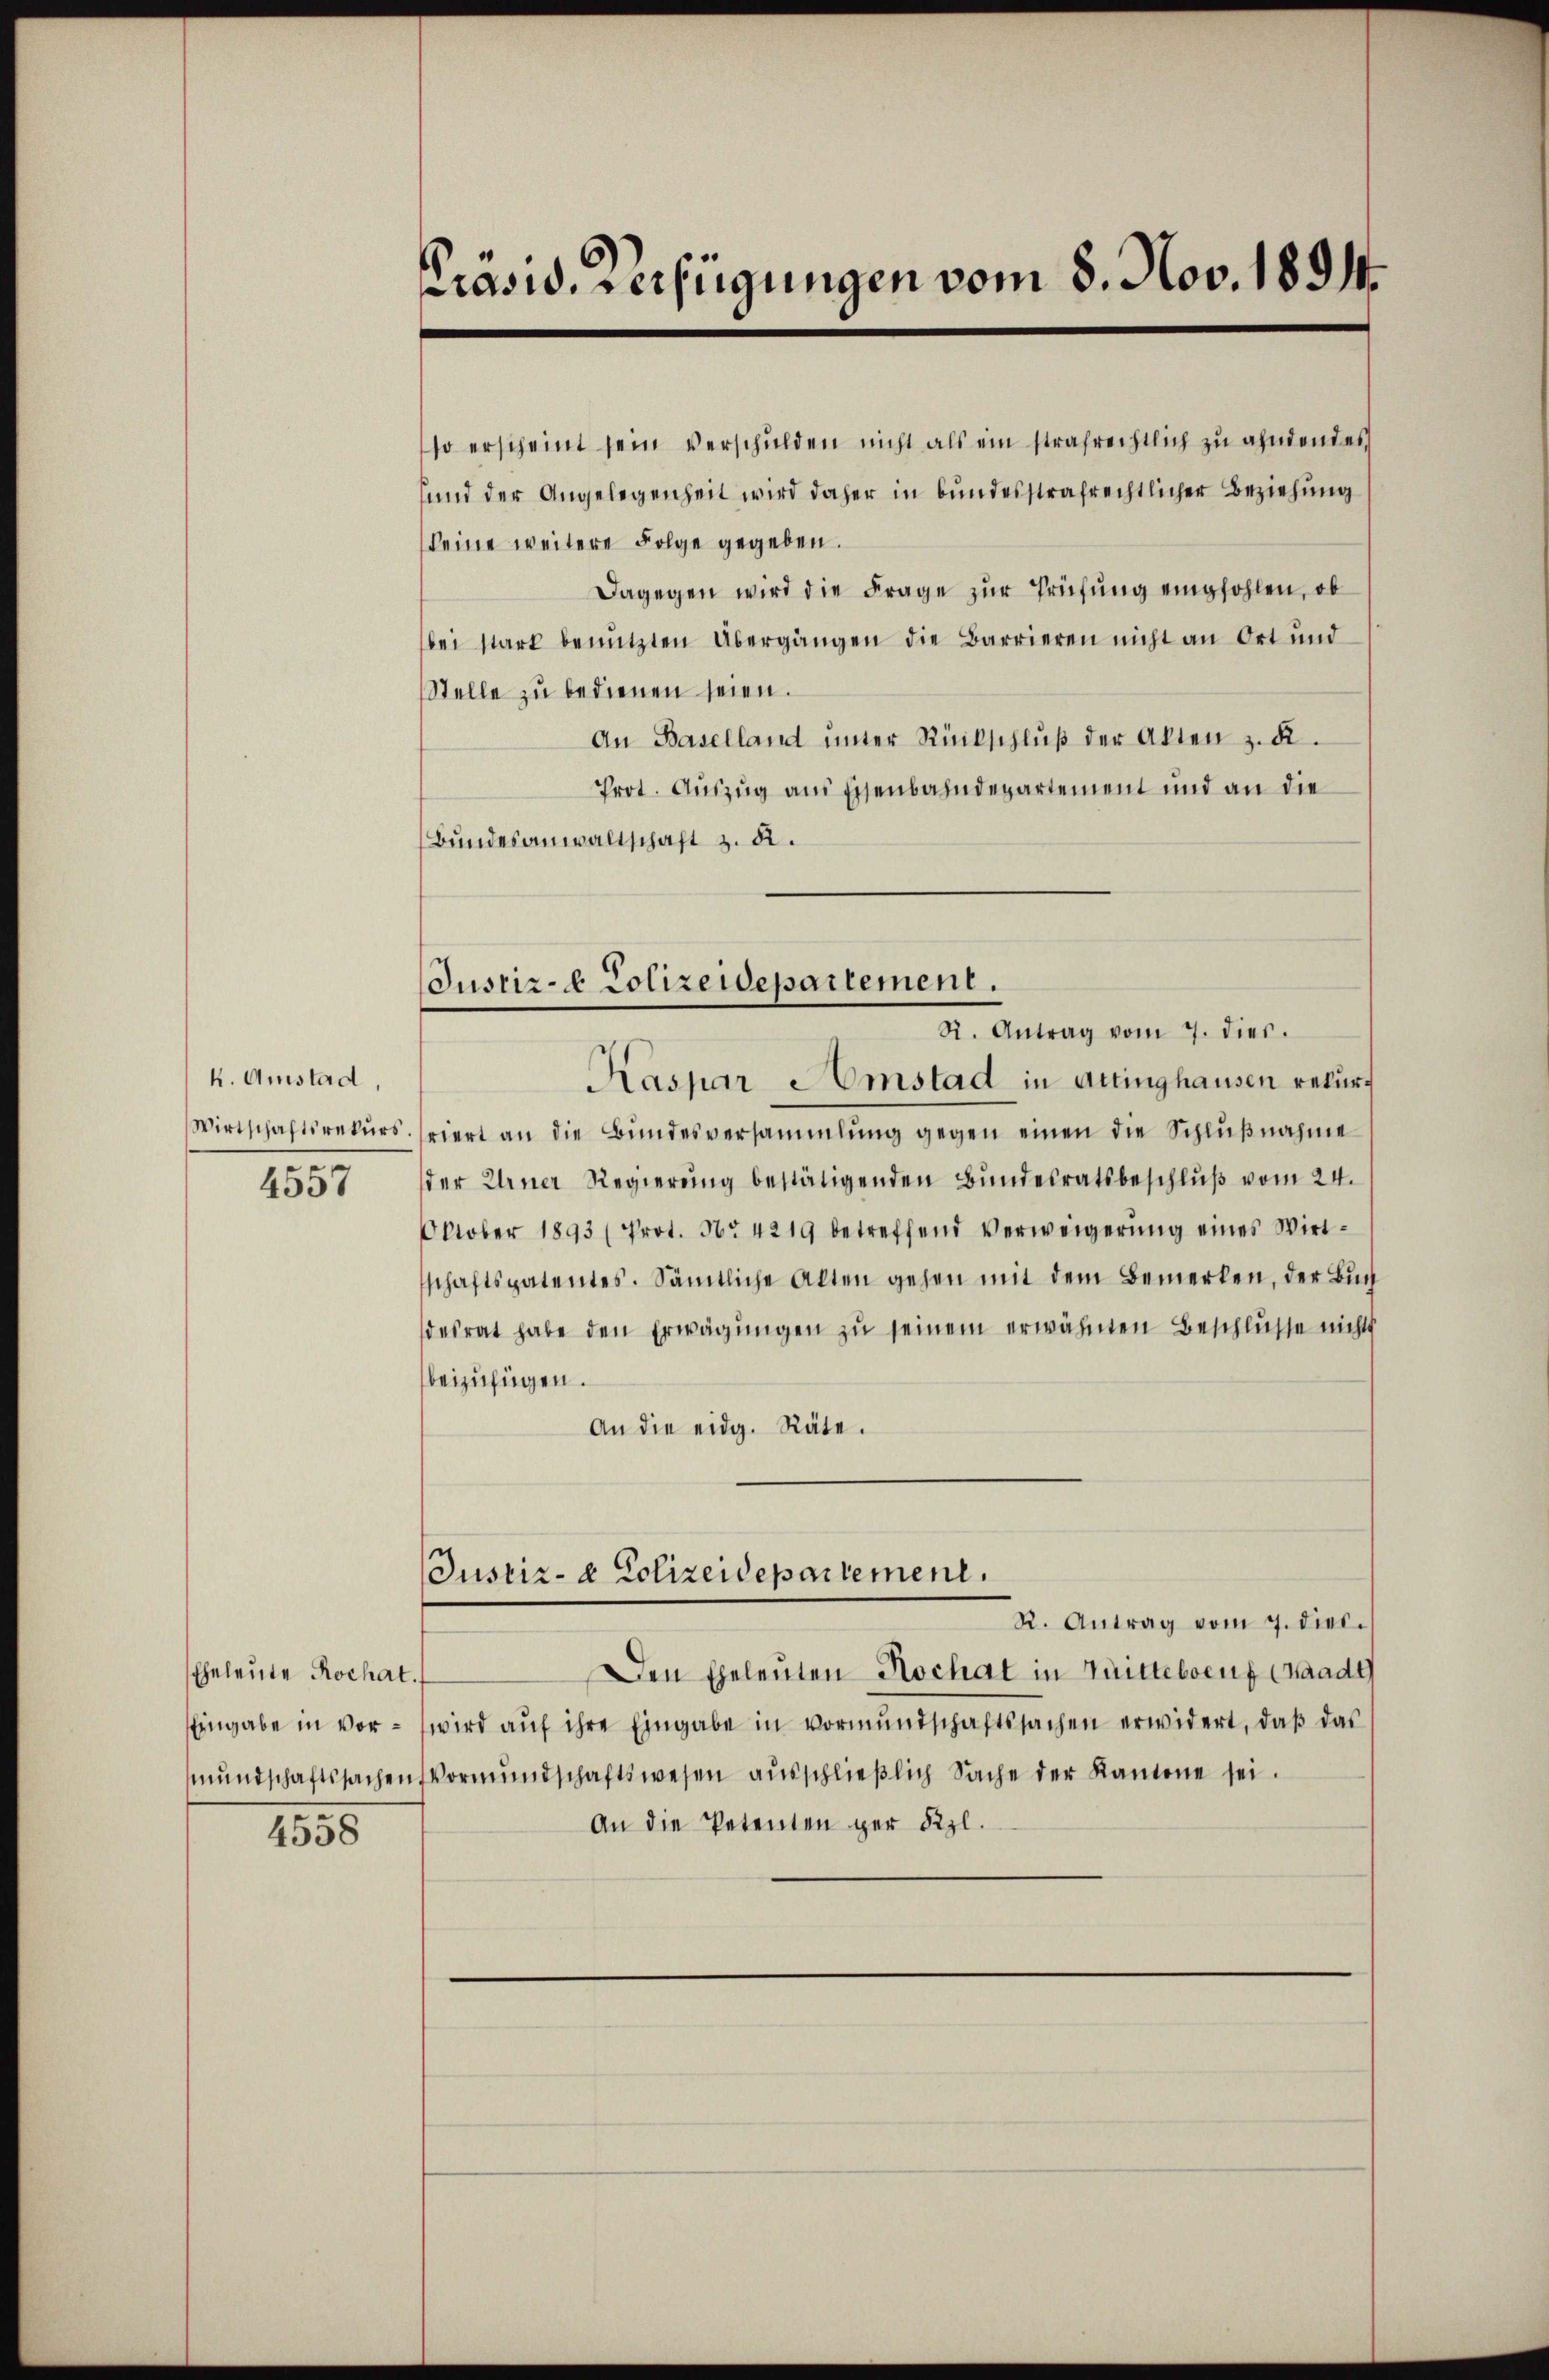
k. Amstad,
Wirtschaftsrekurs.
e
455

cheleute Rochat.
Eingabe in vormundschaftssachen

4558

prasid. Verfügungen vom 8. Nov. 1891.

so erscheint sein verschulden nicht als ein strafrechtlich zu ahndendes
und der Angelegenheit wird daher in bundesstrafrechtlicher Beziehung
keine weitere Folge gegeben.
Dagegen wird die Frage zur Prüfung empfohlen, ob
bei stark benützten Übergängen die Barrieren nicht an Ort und
Stelle zu bedienen seien.
An Baselland ŭnter Rückschlŭβ der Akten z. B.
Prot. Auszug am Eisenbahndepartement und an die
Bundesanwaltschaft z. B.

Justiz- & Polizeidepartement.
R. Antrag vom 7. dies.

Kaspare Umstad in Attinghausen rekurviert an die Bundesversammlung gegen einen die Schlŭβnahme
der Urner Regierung bestätigenden Bundesratsbeschluß vom 24.
Oktober 1893 (Prot. Nr. 4219 betreffend Verweigerŭng eines Wirt-
schaftspatentes. Sämtliche Alten gehen mit dem Bemerken, der Buch
desrat habe den Erwägŭngen zŭ seinem erwähnen Beschlüsse nichts
beizufügen.
An die eidg. Räte.
Justiz- & Polizeidepartement.
R. Antrag vom 7. diec.
Den Eheleuten Hochat in Trittelveuf (Baade
wird auf ihre Eingabe in Vormundschaftssachen erwidert, daß das
Vormŭndschaftswesen aŭsschlieβlich Sache der Kantone sei.
An die Petenten ger Kgl.